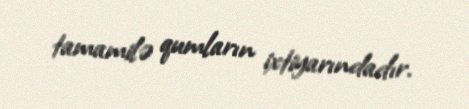
tamamilə qumların ixtiyarındadır.